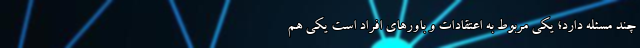
چند مسئله دارد؛ یکی مربوط به اعتقادات و باور‌های افراد است یکی هم